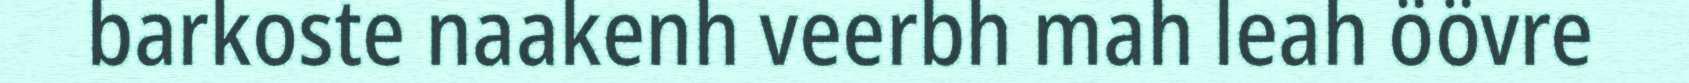
barkoste naakenh veerbh mah leah öövre